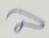
ล